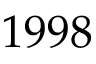
1 9 9 8